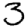
Digit: 3